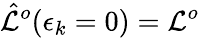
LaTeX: \hat{\mathcal{L}}^{o}(\epsilon_{k}=0)=\mathcal{L}^{o}